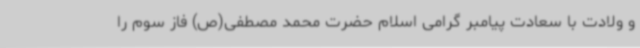
و ولادت با سعادت پیامبر گرامی اسلام حضرت محمد مصطفی(ص) فاز سوم را